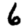
Digit: 6